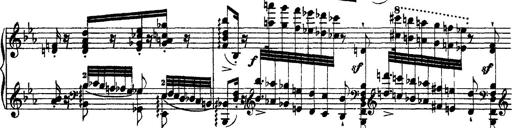
Title: Grandes Ã©tudes de Paganini
Composer: Franz Liszt